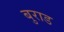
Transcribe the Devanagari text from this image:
बुराड